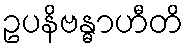
ဥပနိဗန္ဓာဟီတိ